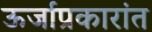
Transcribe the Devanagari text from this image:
ऊर्जाप्रकारांत